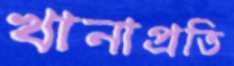
খানাপ্রতি